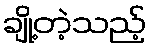
ချို့တဲ့သည့်